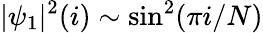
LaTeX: |\psi_{1}|^{2}(i)\sim\sin^{2}(\pi i/N)